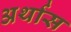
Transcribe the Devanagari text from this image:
अर्थास